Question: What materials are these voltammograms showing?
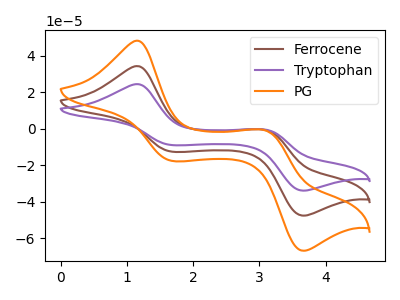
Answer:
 <answer>The brown curve is labeled "Ferrocene". The purple curve is labeled "Tryptophan". The orange curve is labeled "PG".</answer>
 <eval></eval>